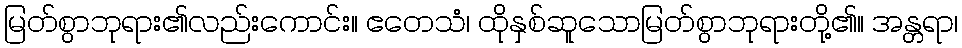
မြတ်စွာဘုရား၏လည်းကောင်း။ ဧတေသံ၊ ထိုနှစ်ဆူသောမြတ်စွာဘုရားတို့၏။ အန္တရာ၊